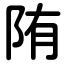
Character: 陏